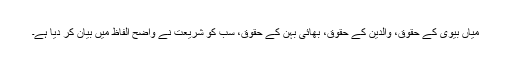
میاں بیوی کے حقوق، والدین کے حقوق، بھائی بہن کے حقوق، سب کو شریعت نے واضح الفاظ میں بیان کر دیا ہے۔